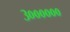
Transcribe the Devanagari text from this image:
३००००००